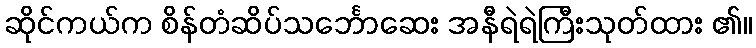
ဆိုင်ကယ်က စိန်တံဆိပ်သင်္ဘောဆေး အနီရဲရဲကြီးသုတ်ထား ၏။